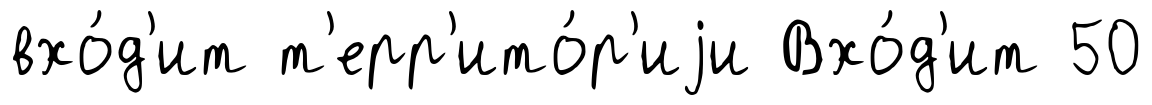
вхо́д'ит т'ерр'ито́р'иjи Вхо́д'ит 50